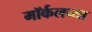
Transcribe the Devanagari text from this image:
मॉर्कलच्या